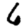
Digit: 6